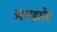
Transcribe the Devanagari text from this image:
अमझोर